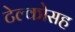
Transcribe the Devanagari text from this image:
टेल्कोसह